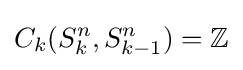
{C_{k}}(S_{k}^{n},S_{k-1}^{n})=\mathbb {Z}